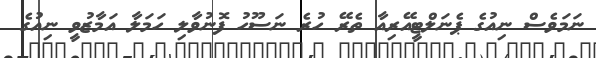
ނަމަވެސް ނިއުގެ ޕެނަލްޓީއޭރިއާ ތެރޭ ހުރެ ނަސޫހު ފޮނުވާލި ހަމަލާ އަމާޒުވީ ނިއުގެ